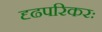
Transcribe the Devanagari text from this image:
दृढपरिकरः